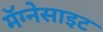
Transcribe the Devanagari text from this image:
मॅग्नेसाइट